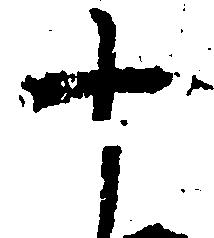
十